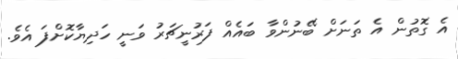
އެ ގޮތުން އެ ތަނަށް ބޭނުންވާ ބައެއް ފަރުނީޗަރު ވަނީ ހަދިޔާކޮށްފަ އެވެ.